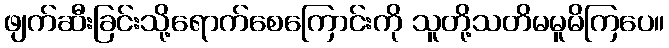
ဖျက်ဆီးခြင်းသို့ရောက်စေကြောင်းကို သူတို့သတိမမူမိကြပေ။